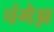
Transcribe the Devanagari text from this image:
चंगेझ